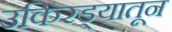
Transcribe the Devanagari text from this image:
उकिरड्यातून